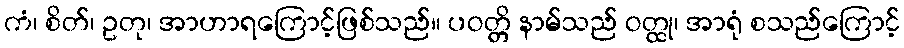
ကံ၊ စိတ်၊ ဥတု၊ အာဟာရကြောင့်ဖြစ်သည်။ ပဝတ္တိ နာမ်သည် ဝတ္ထု၊ အာရုံ စသည်ကြောင့်